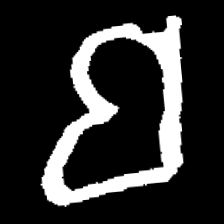
Pyu character \u2014 Myanmar letter: ဗ (romanized: ba)